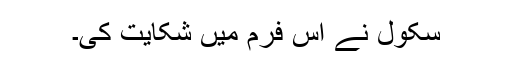
سکول نے اُس فرم میں شکایت کی۔